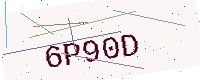
Text: 6P90D